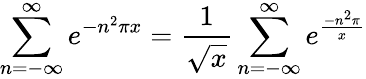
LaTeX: \sum_{n=-\infty}^{\infty}{e^{-n^{2}\pi x}}={\frac{1}{\sqrt{x}}}\sum_{n=-\infty}^{\infty}{e^{\frac{-n^{2}\pi}{x}}}